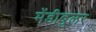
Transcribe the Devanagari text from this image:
मेंडीबुलर